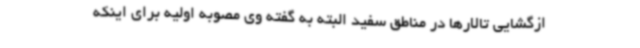
ازگشایی تالارها در مناطق سفید البته به گفته وی مصوبه اولیه برای اینکه